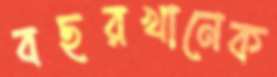
বছরখানেক